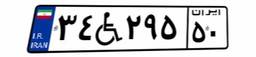
۳۴W۲۹۵۵۰